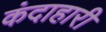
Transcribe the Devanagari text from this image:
कंदाहारी